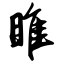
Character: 睢